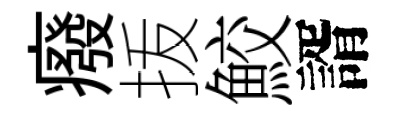
癈㧞鮫諝